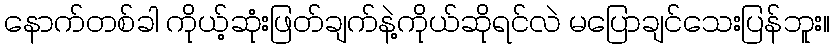
နောက်တစ်ခါ ကိုယ့်ဆုံးဖြတ်ချက်နဲ့ကိုယ်ဆိုရင်လဲ မပြောချင်သေးပြန်ဘူး။